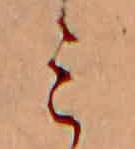
ミ